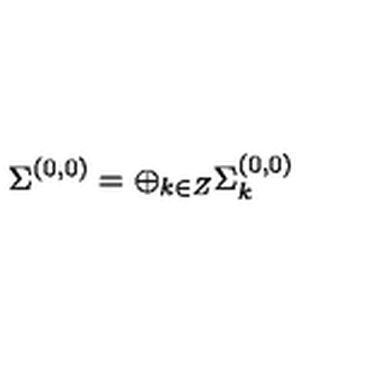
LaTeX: \Sigma ^ { ( 0 , 0 ) } = \oplus _ { k \in Z } \Sigma _ { k } ^ { ( 0 , 0 ) }